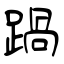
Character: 踻